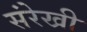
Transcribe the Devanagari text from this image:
संरेखी